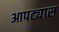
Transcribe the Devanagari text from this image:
आपट्यास